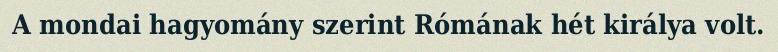
A mondai hagyomány szerint Rómának hét királya volt.